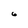
Character: 6